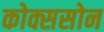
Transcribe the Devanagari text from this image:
कोक्ससोन